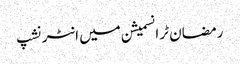
رمضان ٹرانسمیشن میں انٹرنشپ